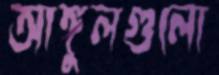
আঙ্গুলগুলো